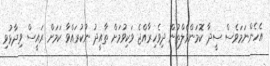
އެހެންނަމަވެސް ސީދާ ކޮމަންވެލްތުން ދިވެހިރާއްޖެ ވަކިވުމަށް ތާއީދު ނުކުރައްވާ ކަމަށް ރައީސް ވިދާޅުވި